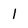
Character: 1